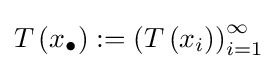
T\left(x_{\bullet }\right):=\left(T\left(x_{i}\right)\right)_{i=1}^{\infty }